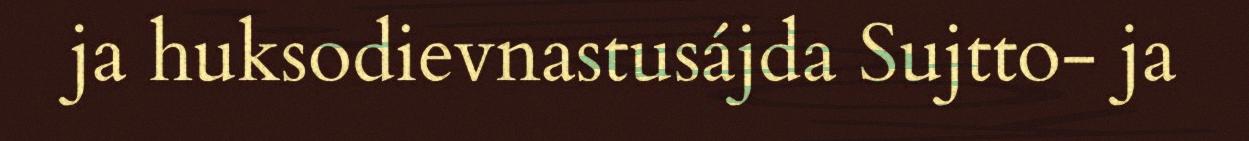
ja huksodievnastusájda Sujtto- ja